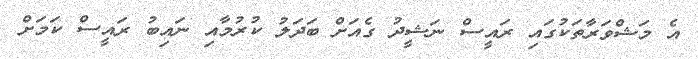
އެ މަޝްވަރާތަކުގައި ރައީސް ނަޝީދު ގެއަށް ބަދަލު ކުރުމާއި ނައިބު ރައީސް ކަމަށް